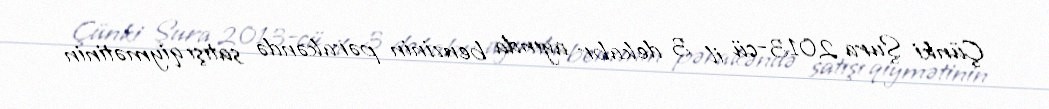
Çünki Şura 2013-cü il 3 dekabr ayında benzinin pərakəndə satışı qiymətinin